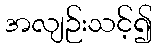
အလျဉ်းသင့်၍